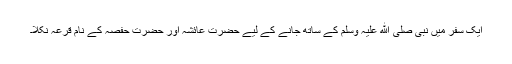
ایک سفر میں نبی صلی ﷲ علیہ وسلم کے ساتھ جانے کے لیے حضرت عائشہ اور حضرت حفصہ کے نام قرعہ نکلا۔